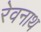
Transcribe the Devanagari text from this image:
रेवनाथ